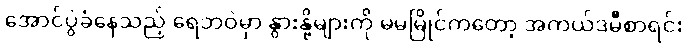
အောင်ပွဲခံနေသည့် ရေဘဝဲမှာ နွားနို့များကို မမမြိုင်ကတော့ အကယ်ဒမီစာရင်း